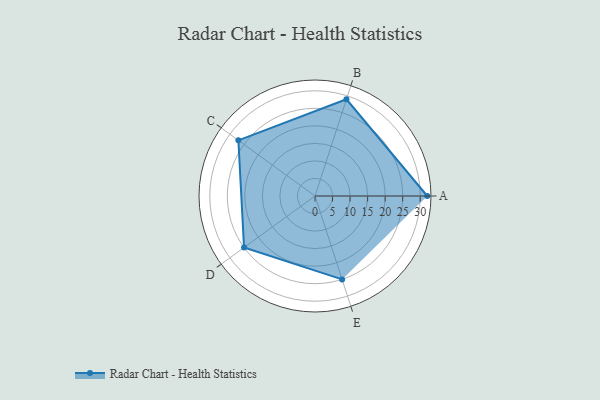
{"axis": {"x": "Skill", "y": "Score"}, "legend": ["Profile"], "data": [{"x": "A", "y": 32.0, "type": "Profile"}, {"x": "B", "y": 29.0, "type": "Profile"}, {"x": "C", "y": 27.0, "type": "Profile"}, {"x": "D", "y": 25.0, "type": "Profile"}, {"x": "E", "y": 25.0, "type": "Profile"}]}